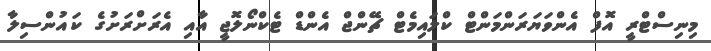
މިނިސްޓްރީ އޮފް އެންވަޔަރަންމަންޓް ކްލައިމެޓް ޗޭންޖް އެންޑް ޓެކްނޯލޮޖީ އާއި އެރަށްރަށުގެ ކައުންސިލާ